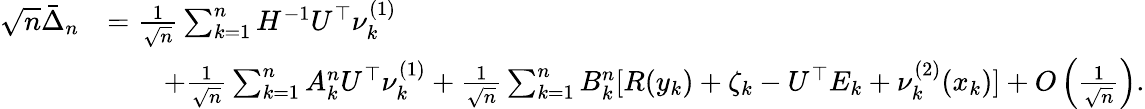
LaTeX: \begin{array}{rl}{\sqrt{n}\bar{\Delta}_{n}}&{=\frac{1}{\sqrt{n}}\sum_{k=1}^{n}H^{-1}U^{\top}\nu_{k}^{(1)}}\\ &{\qquad+\frac{1}{\sqrt{n}}\sum_{k=1}^{n}A_{k}^{n}U^{\top}\nu_{k}^{(1)}+\frac{1}{\sqrt{n}}\sum_{k=1}^{n}B_{k}^{n}[R(y_{k})+\zeta_{k}-U^{\top}E_{k}+\nu_{k}^{(2)}(x_{k})]+O\left(\frac{1}{\sqrt{n}}\right).}\end{array}